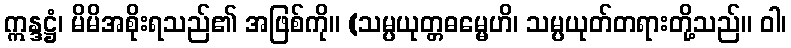
ဣန္ဒဋ္ဌံ၊ မိမိအစိုးရသည်၏ အဖြစ်ကို။ (သမ္ပယုတ္တဓမ္မေဟိ၊ သမ္ပယုတ်တရားတို့သည်။ ဝါ၊